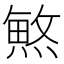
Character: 𱬆